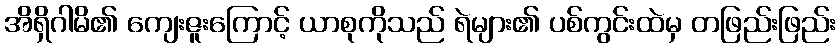
အိရှိဂါမိ၏ ကျေးဇူးကြောင့် ယာစုကိုသည် ရဲများ၏ ပစ်ကွင်းထဲမှ တဖြည်းဖြည်း